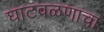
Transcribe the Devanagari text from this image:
घाटवळणाचा